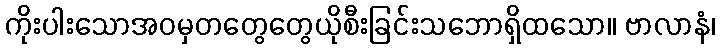
ကိုးပါးသောအဝမှတတွေတွေယိုစီးခြင်းသဘောရှိထသော။ ဗာလာနံ၊